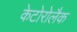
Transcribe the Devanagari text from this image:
केटोरोलैक